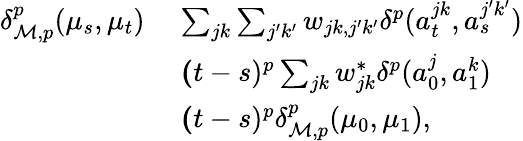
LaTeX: \begin{array}{rl}{\delta_{\mathcal M,p}^{p}(\mu_{s},\mu_{t})\; }&{\le\sum_{jk}\sum_{j^{\prime}k^{\prime}}w_{jk,j^{\prime}k^{\prime}}\delta^{p}(a_{t}^{jk},a_{s}^{j^{\prime}k^{\prime}})}\\ &{\le(t-s)^{p}\sum_{jk}w_{jk}^{*}\delta^{p}(a_{0}^{j},a_{1}^{k})}\\ &{\le(t-s)^{p}\delta_{\mathcal M,p}^{p}(\mu_{0},\mu_{1}),}\end{array}